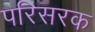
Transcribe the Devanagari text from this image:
परिसरक